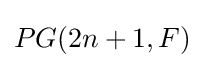
PG(2n+1,F)